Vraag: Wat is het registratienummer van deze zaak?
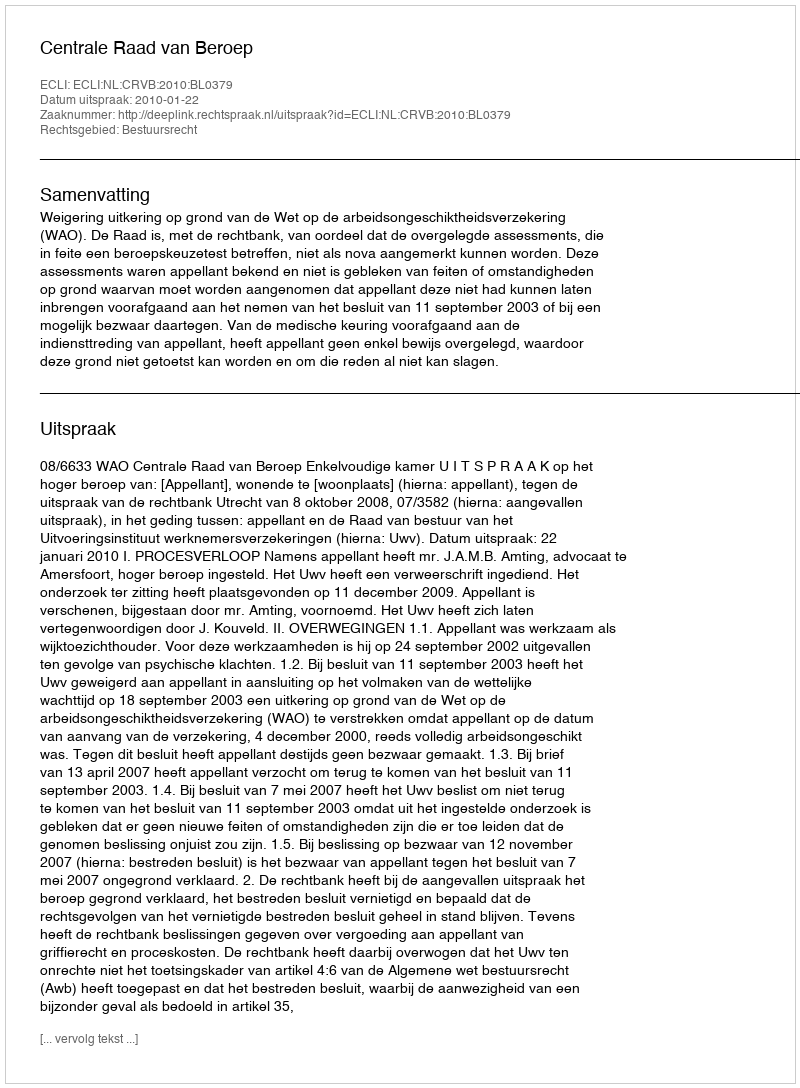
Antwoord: http://deeplink.rechtspraak.nl/uitspraak?id=ECLI:NL:CRVB:2010:BL0379